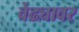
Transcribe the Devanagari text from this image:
वेढ्यावर